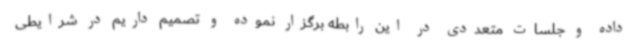
داده و جلسات متعددی در این رابطه برگزار نموده و تصمیم داریم در شرایطی